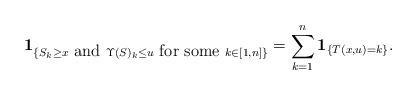
LaTeX: \begin{align*}\textbf{1}_{\{ S_k \geq x \ \mbox{and}\ \Upsilon(S)_k \leq u \ \mbox{for some}\ k \in [1,n] \}} = \sum_{k=1}^{n} \textbf{1}_{\{ T(x,u)=k\}}.\end{align*}